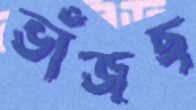
ভাঁজছ